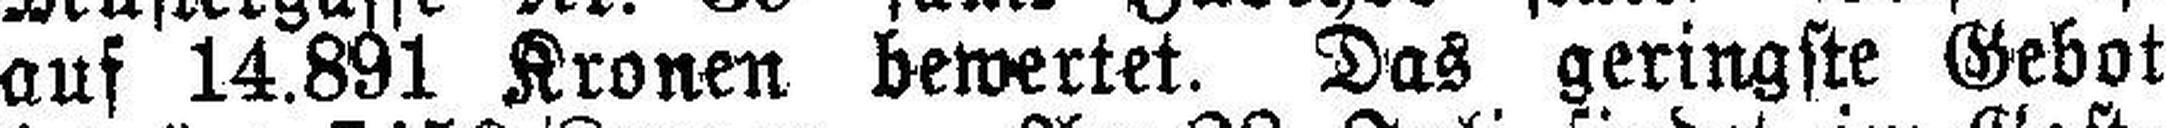
auf 14.891 Kronen bewertet. Das geringste Gebot